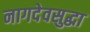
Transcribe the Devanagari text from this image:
नागदेवसुद्धा